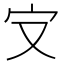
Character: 㝊